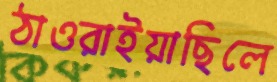
ঠাওরাইয়াছিলে